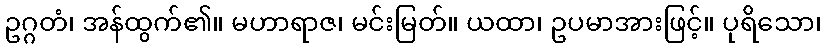
ဥဂ္ဂတံ၊ အန်ထွက်၏။ မဟာရာဇ၊ မင်းမြတ်။ ယထာ၊ ဥပမာအားဖြင့်။ ပုရိသော၊